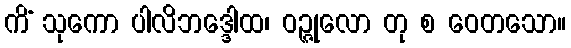
ကိံ သုကော ပါလိဘဒ္ဒေါထ၊ ဝဉ္ဇုလော တု စ ဝေတသော။